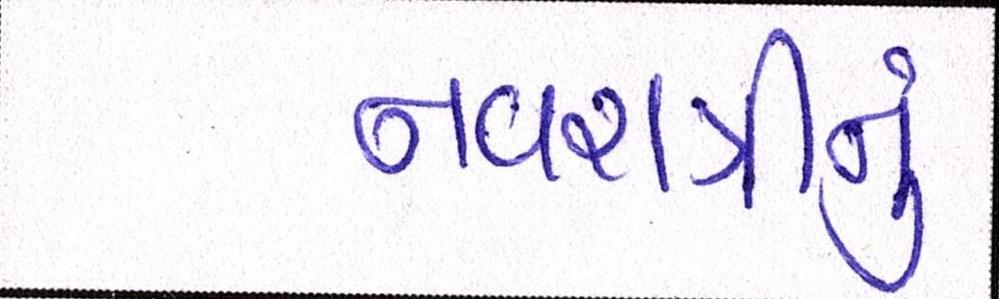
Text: નવરાત્રીનું